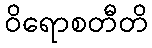
ဝိရောစတီတိ